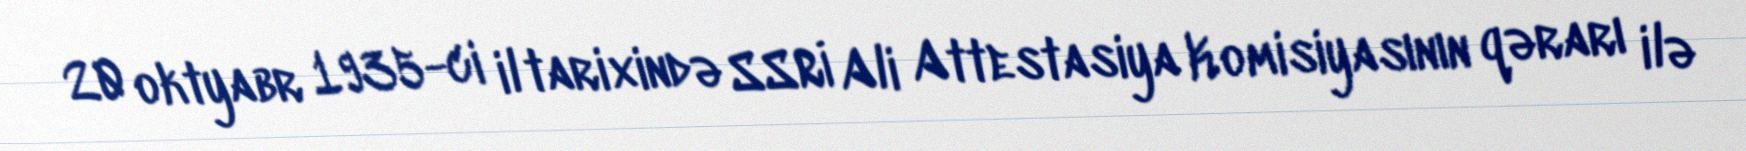
20 oktyabr 1935-ci il tarixində SSRİ Ali Attestasiya Komisiyasının qərarı ilə